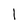
Character: 1